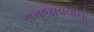
સમજાવવાનો